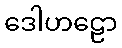
ဒေါဟဠော